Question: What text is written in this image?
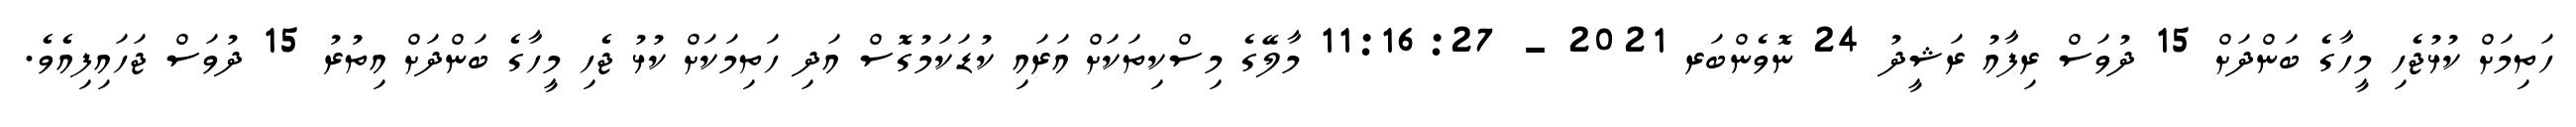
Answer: ހަތިމަށް ކުޅުޖެހި މީހާގެ ބަންދަށް 15 ދުވަސް ރިފާއު ރަޝީދު 24 ނޮވެންބަރ 2021 - 11:16:27 މާލޭގެ މިސްކިތަކަށް އަރައި ކުޑަކަމުގޮސް އަދި ހަތިމަކަށް ކުޅު ޖެހި މީހާގެ ބަންދަށް އިތުރު 15 ދުވަސް ޖަހައިފިއެވެ.